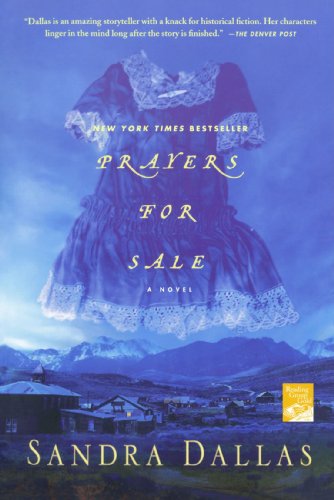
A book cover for Prayers for Sale: A Novel (Reading Group Gold); Sandra Dallas; Literature & Fiction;